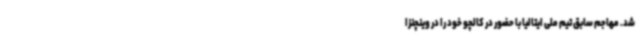
شد. مهاجم سابق تیم ملی ایتالیا با حضور در کالچو خود را در وینچنزا